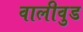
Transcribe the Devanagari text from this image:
वालीवुड